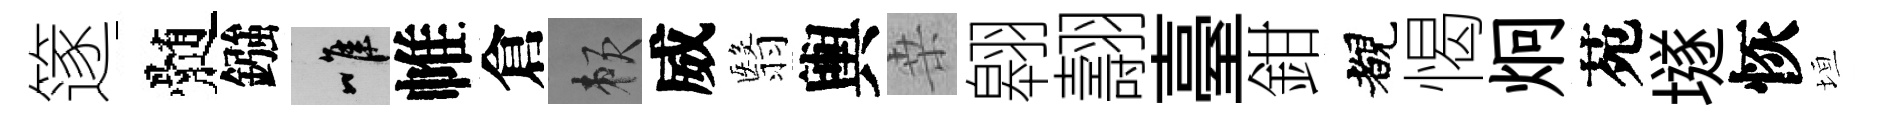
篴髄鏹唯帷倉賴威翳輿桒翱翿臺鉗覩愒炯苑𡑞恢垣